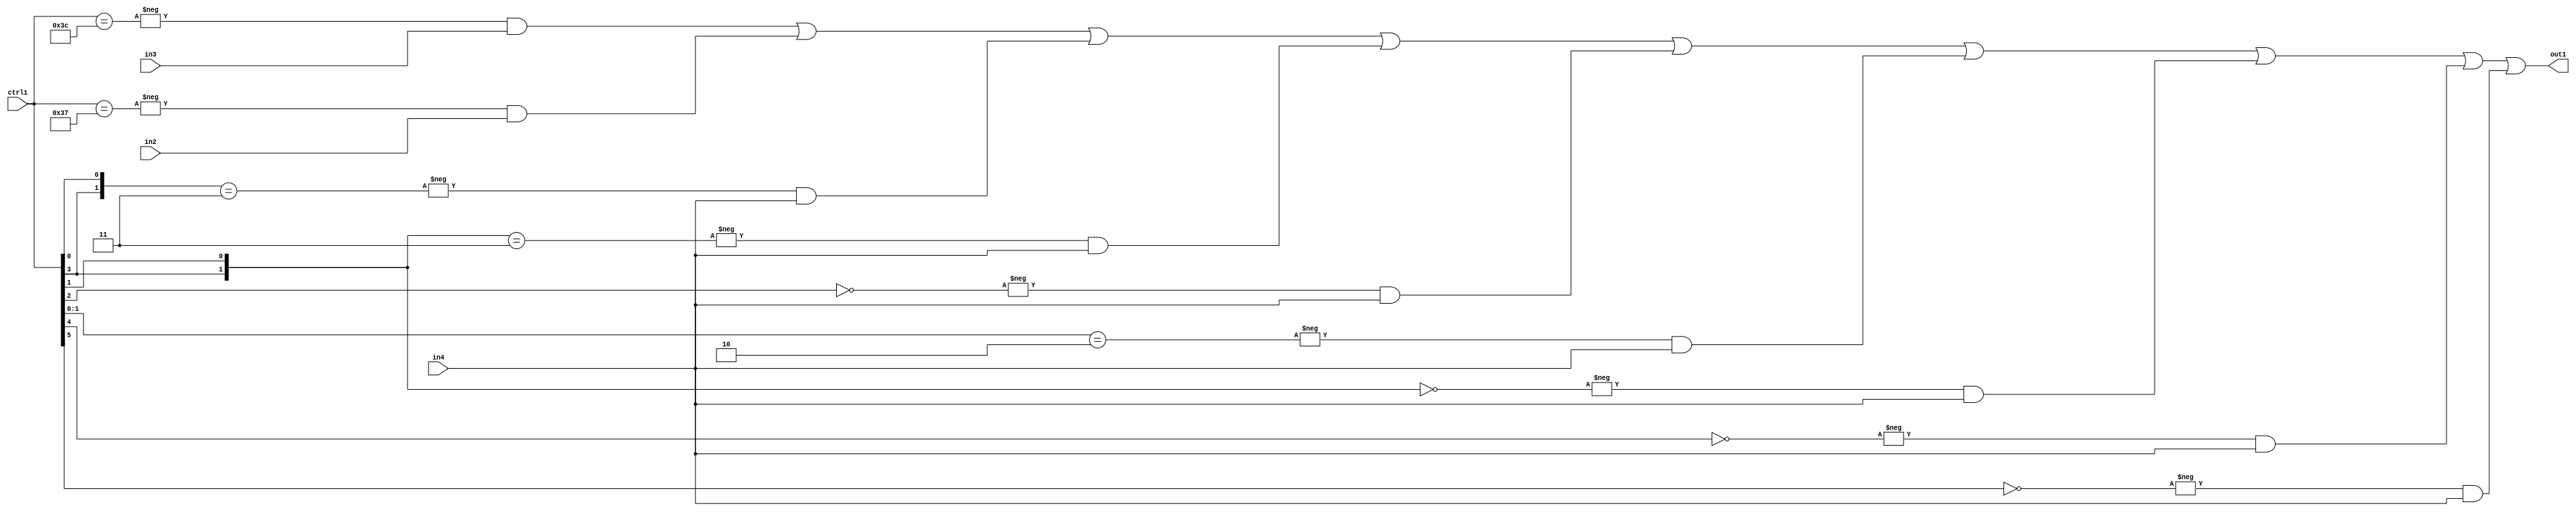
`timescale 1ps / 1ps
/*****************************************************************************
    Verilog RTL Description
    
    
    Created by: Stratus DpOpt 21.05.01 
*******************************************************************************/

module SobelFilter_N_Mux_32_3_88_4 (
	in4,
	in3,
	in2,
	ctrl1,
	out1
	); /* architecture "behavioural" */ 
input [31:0] in4;
input [8:0] in3,
	in2;
input [5:0] ctrl1;
output [31:0] out1;
wire [31:0] asc001;

assign asc001 = 
	-{ctrl1 == 6'B111100} & in3 |
	-{ctrl1 == 6'B110111} & in2 |
	-{{ctrl1[3], ctrl1[0]} == 2'B11} & in4 |
	-{{ctrl1[3], ctrl1[1]} == 2'B11} & in4 |
	-{ctrl1[2] == 1'B0} & in4 |
	-{ctrl1[1:0] == 2'B10} & in4 |
	-{{ctrl1[3], ctrl1[1]} == 2'B00} & in4 |
	-{ctrl1[4] == 1'B0} & in4 |
	-{ctrl1[5] == 1'B0} & in4 ;

assign out1 = asc001;
endmodule

/* CADENCE  vrXzSgw= : u9/ySxbfrwZIxEzHVQQV8Q== ** DO NOT EDIT THIS LINE ******/